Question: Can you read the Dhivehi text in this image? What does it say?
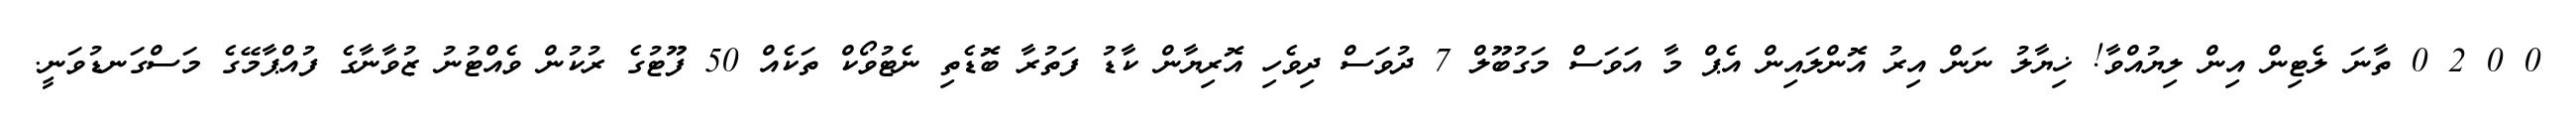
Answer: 0 0 2 0 ތާނަ ލެޓިން އިން ލިޔުއްވާ! ޚިޔާލު ނަން އިރު އޮންލައިން އެޕް މާ އަވަސް މަގުބޫލް 7 ދުވަސް ދިވެހި އޮރިޔާން ކާޑު ފަތުރާ ބޮޑެތި ނެޓުވޯކް ތަކެއް 50 ފޫޓުގެ ރުކުން ވެއްޓުނު ޒުވާނާގެ ފުއްޕާމޭގެ މަސްގަނޑުވަނީ.